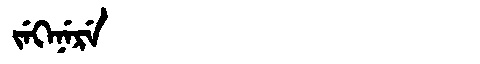
Manchu: ᠵᡝᡴᡝᠨᡝᡵᡝ
Romanization: JEKENERE